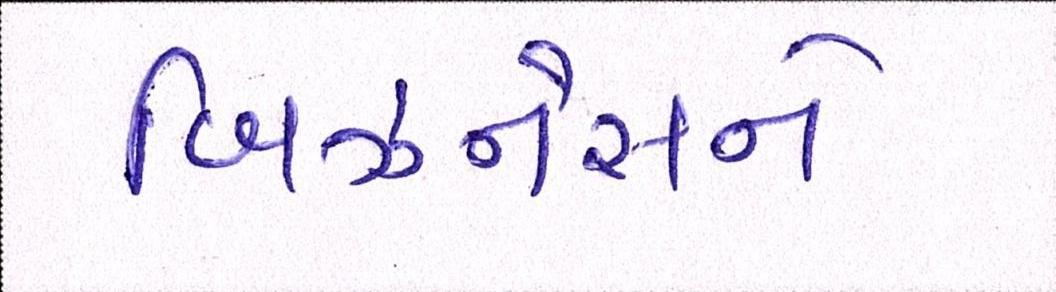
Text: બિઝનેસને